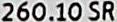
260.10 SR